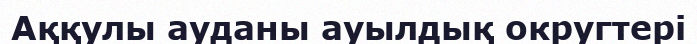
Аққулы ауданы ауылдық округтері